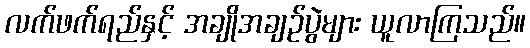
လက်ဖက်ရည်နှင့် အချိုအချဉ်ပွဲများ ယူလာကြသည်။